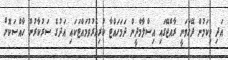
އަދި މިކަމުން ދޭހަވަނީ ރާއްޖޭގައި އިސްލާމްދީން ދަމަހައްޓާ ކުރިއެރުވުމައްޓަކައި އަދުގެ ސަރުކާރުން ހާއްސަކޮށް